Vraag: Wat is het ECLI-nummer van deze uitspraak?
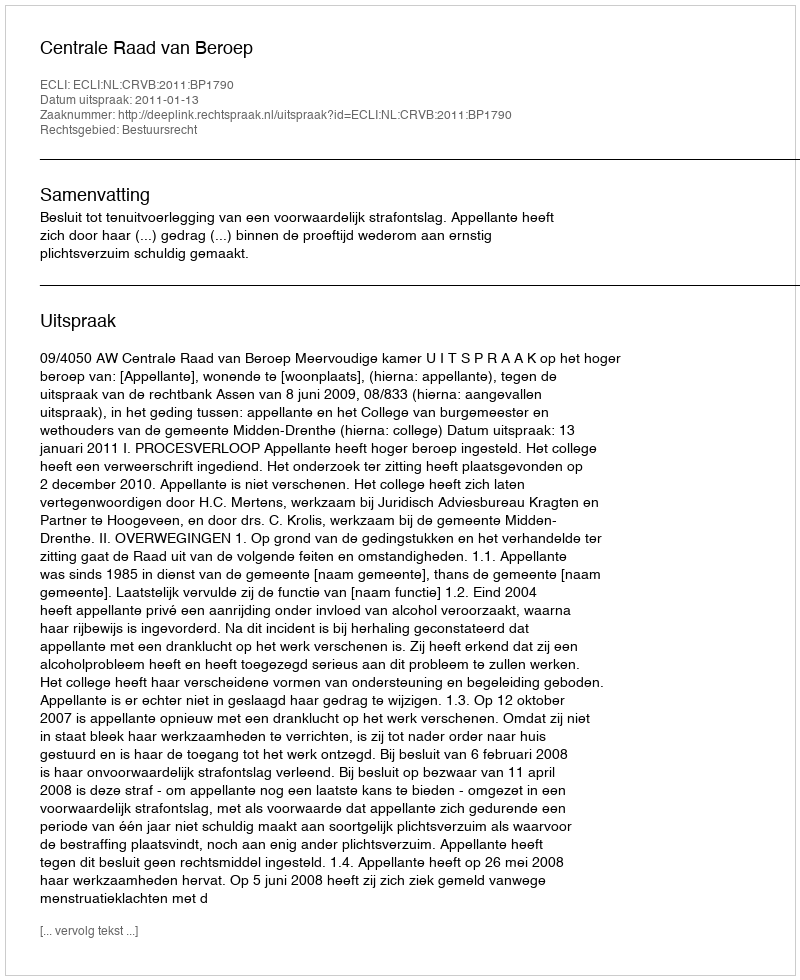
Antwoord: ECLI:NL:CRVB:2011:BP1790